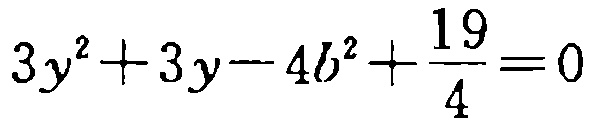
\(3y^{2}+3y - 4b^{2}+\frac{19}{4}=0\)